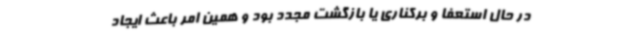
در حال استعفا و برکناری یا بازگشت مجدد بود و همین امر باعث ایجاد